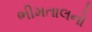
ભીમતાલનો